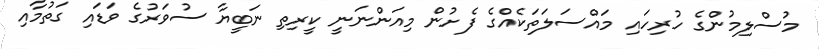
މުސްލިމުންގެ ހުރިހައި މައްސަލަތަކެއްގެ ފެށުން މިއަންނަނީ ކީރިތި ނަބީޔާ ސުވަރުގެ ވަޑައި ގަތުމާއި